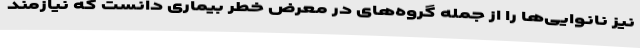
نیز نانوایی‌ها را از جمله گروه‌های در معرض خطر بیماری دانست که نیازمند